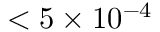
< 5 \times 1 0 ^ { - 4 }